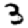
Digit: 3